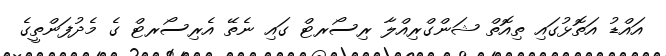
އައްޑު އަތޮޅުގައި ތިއޮތް ޝަންގްރިއްލާ ރިސޯރޓް ގައި ނެތޭ އެރިސޯރޓް ގެ މެދުފަންތީގެ